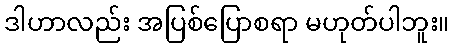
ဒါဟာလည်း အပြစ်ပြောစရာ မဟုတ်ပါဘူး။